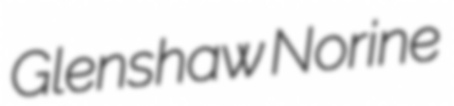
Glenshaw Norine